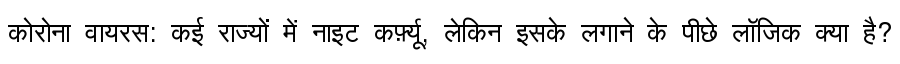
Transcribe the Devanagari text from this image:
कोरोना वायरस: कई राज्यों में नाइट कर्फ़्यू, लेकिन इसके लगाने के पीछे लॉजिक क्या है?